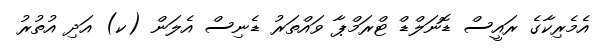
އެމެރިކާގެ ރައީސް ޑޮނަލްޑް ޓްރަމްޕާ ވައްތަރު ޑެނިސް އެލަން (ކ) އަދި އުތުރު